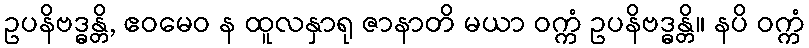
ဥပနိဗဒ္ဓန္တိ, ဧဝမေဝ န ထူလနှာရု ဇာနာတိ မယာ ဝက္ကံ ဥပနိဗဒ္ဓန္တိ။ နပိ ဝက္ကံ